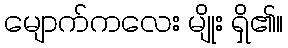
မျောက်ကလေး မျိုး ရှိ၏။